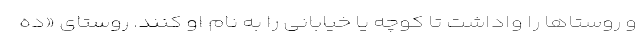
و روستاها را واداشت تا کوچه یا خیابانی را به نام او کنند. روستای «ده